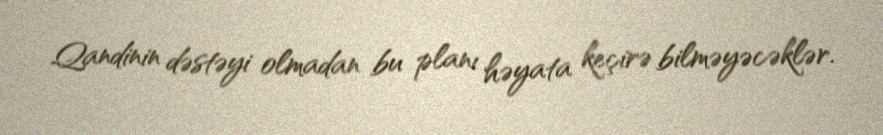
Qandinin dəstəyi olmadan bu planı həyata keçirə bilməyəcəklər.